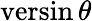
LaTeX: \operatorname{versin}\theta